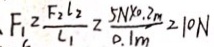
F _ { 1 } = \frac { F _ { 2 } l _ { 2 } } { l _ { 1 } } = \frac { 5 N \times 0 . 2 m } { 0 . 1 m } = 1 0 N